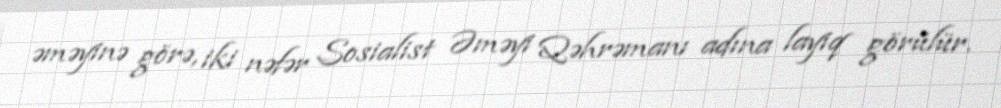
əməyinə görə, iki nəfər Sosialist Əməyi Qəhrəmanı adına layiq görülür.